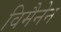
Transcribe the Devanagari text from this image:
विमैनेन